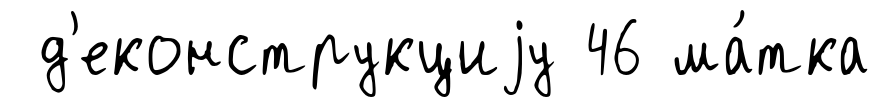
д'еконструкциjу 46 ма́тка